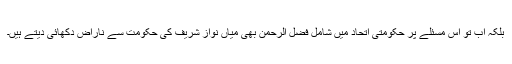
بلکہ اب تو اس مسئلے پر حکومتی اتحاد میں شامل فضل الرحمن بھی میاں نواز شریف کی حکومت سے ناراض دکھائی دیتے ہیں۔